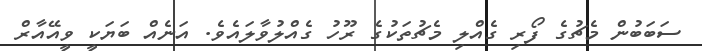
ސަބަބުން މެޗުގެ ފޯރި ގެއްލި މެޗުތަކުގެ ރޫހު ގެއްލުވާލައެވެ. އަނެއް ބަޔަކީ ވީއޭއާރް